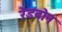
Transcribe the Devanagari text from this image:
रेडबोन